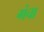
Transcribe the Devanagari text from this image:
गंचा